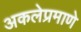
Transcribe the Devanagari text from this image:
अकलेप्रमाणे